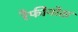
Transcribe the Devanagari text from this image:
रैफीनोस